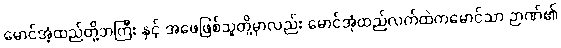
မောင်အံ့ထည်တို့ဘကြီး နှင့် အဖေဖြစ်သူတို့မှာလည်း မောင်အုံထည်လက်ထဲကမောင်သာ ဉာဏ်၏